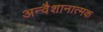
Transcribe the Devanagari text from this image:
अन्वैशानात्मक